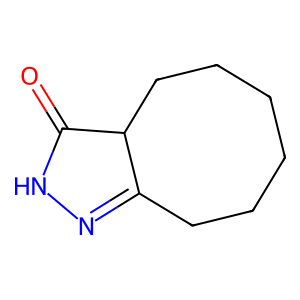
SMILES: O=C1NN=C2CCCCCCC12
Inhibits HIV replication: No